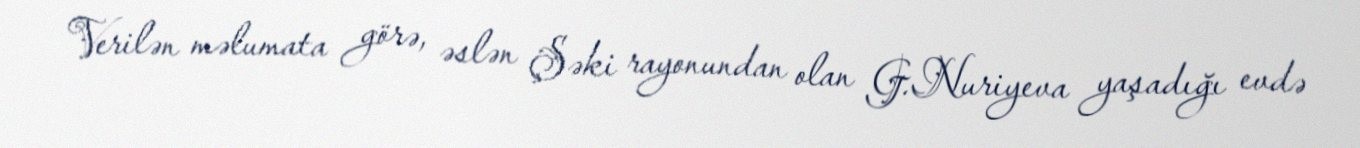
Verilən məlumata görə, əslən Şəki rayonundan olan G.Nuriyeva yaşadığı evdə